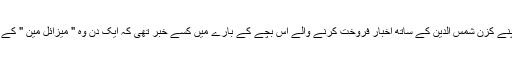
آٹھ سال کی عمر میں اپنے کزن شمس الدین کے ساتھ اخبار فروخت کرنے والے اس بچے کے بارے میں کسے خبر تھی کہ ایک دن وہ " میزائل مین " کے نام سے جانا جائے گا۔